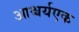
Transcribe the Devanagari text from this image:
आश्चर्यएक